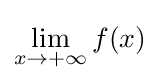
\lim _{x\to +\infty }{f(x)}